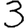
Digit: 3